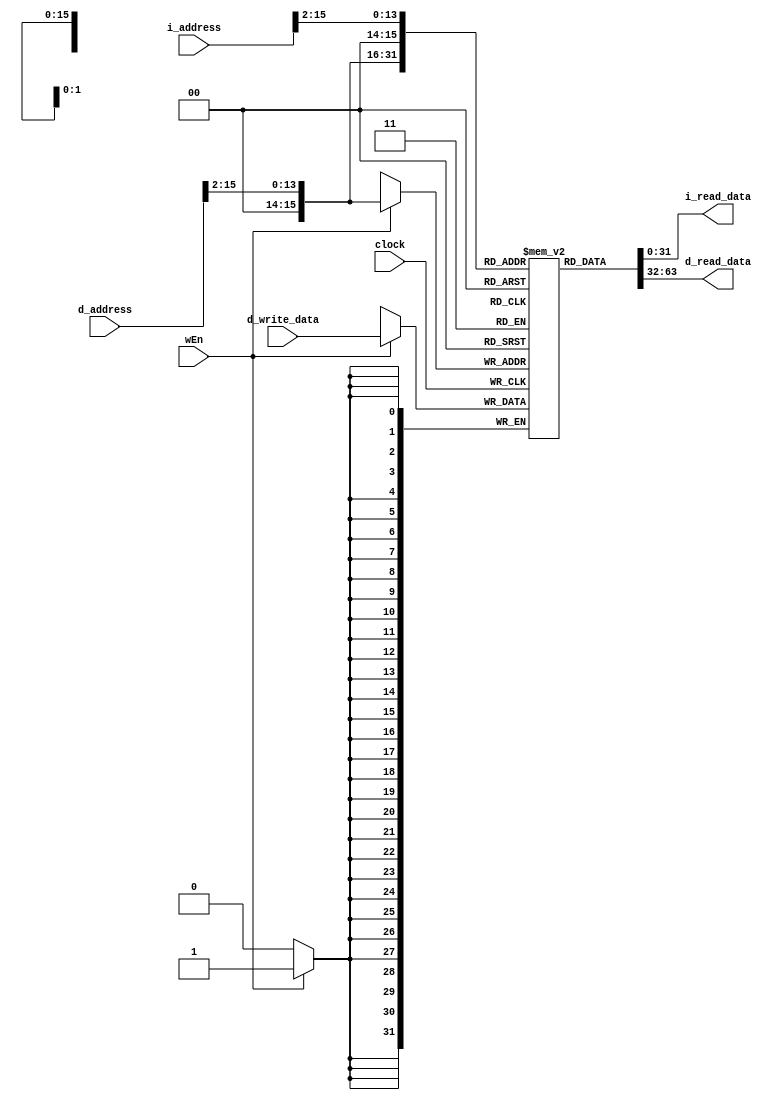
// Name: Nathan Ackermann, Zhe Deng
// BU ID: U10490015, U16716991
// EC413 Project: Ram Module

module ram #(
  parameter DATA_WIDTH = 32,
  parameter ADDR_WIDTH = 16
) (
  input  clock,

  // Instruction Port
  input  [ADDR_WIDTH-1:0] i_address, //2^16 - 1 max
  output [DATA_WIDTH-1:0] i_read_data, 

  // Data Port
  input  wEn,
  input  [ADDR_WIDTH-1:0] d_address, 
  input  [DATA_WIDTH-1:0] d_write_data,
  output [DATA_WIDTH-1:0] d_read_data

);

localparam RAM_DEPTH = 1 << ADDR_WIDTH; 

reg [DATA_WIDTH-1:0] ram [0:RAM_DEPTH-1]; // (2^16-1) by 32bit


/*code*/


//combinational reads (word-aligned)

assign d_read_data = ram[d_address[ADDR_WIDTH-1:2]];
assign i_read_data = ram[i_address[ADDR_WIDTH-1:2]]; 

//synchronous writes

always @(posedge clock) begin
	if (wEn==1) begin
		ram[d_address[ADDR_WIDTH-1:2]]<=d_write_data;
	end
end

endmodule